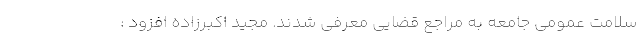
سلامت عمومی جامعه به مراجع قضایی معرفی شدند. مجید اکبرزاده افزود :